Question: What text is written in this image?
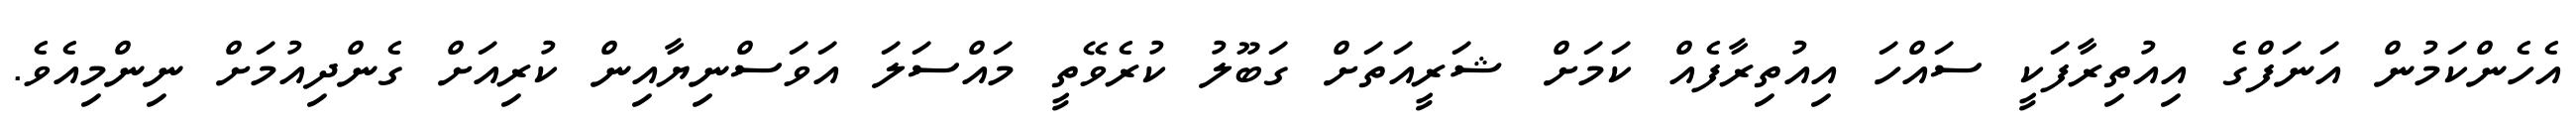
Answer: އެހެންކަމުން އަނަފްގެ އިއުތިރާފަކީ ސައްހަ އިއުތިރާފެއް ކަމަށް ޝަރީއަތަށް ގަބޫލު ކުރެވޭތީ މައްސަލަ އަވަސްނިޔާއިން ކުރިއަށް ގެންދިއުމަށް ނިންމިއެވެ.